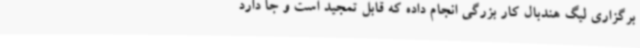
برگزاری لیگ هندبال کار بزرگی انجام داده که قابل تمجید است و جا دارد